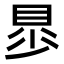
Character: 𧵁